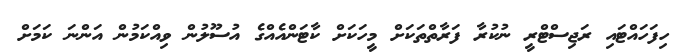
ހިފަހައްޓައި ރަޖިސްޓްރީ ނުކުރާ ފަރާތްތަކަށް މީހަކަށް ކާޓަންއެއްގެ އުސޫލުން ވިއްކަމުން އަންނަ ކަމަށް